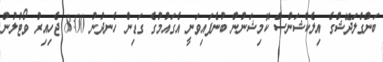
ބަންގްލަދޭޝްގެ އިލެކްޝަންސް ކޮމިޝަނުން ބުނެފައިވަނީ އެގައުމުގެ ގަޑިން ހެނދުނު 8:00 ޖެހިއިރު ވޯޓުލުން